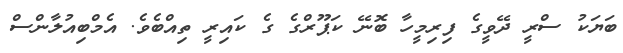
ބަޔަކު ސްރީ ދޭވީގެ ފިރިމީހާ ބޮނޭ ކަޕޫރްގެ ގެ ކައިރީ ތިއްބެވެ. އެމްބިއުލާންސް